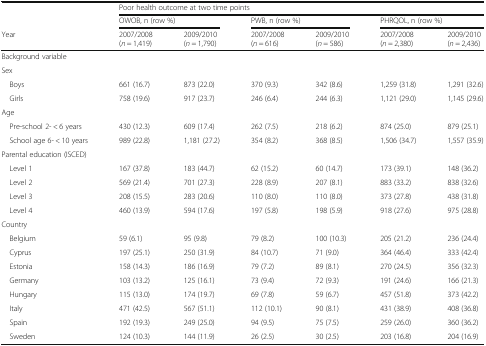
<table><thead><tr><td></td><td colspan="6"><b>Poor health outcome at two time points</b></td></tr><tr><td></td><td colspan="2"><b>OWOB, n (row %)</b></td><td colspan="2"><b>PWB, n (row %)</b></td><td colspan="2"><b>PHRQOL, n (row %)</b></td></tr><tr><td><b>Year</b></td><td><b>2007/2008 (<i>n</i> = 1,419)</b></td><td><b>2009/2010 (<i>n</i> = 1,790)</b></td><td><b>2007/2008 (<i>n</i> = 616)</b></td><td><b>2009/2010 (<i>n</i> = 586)</b></td><td><b>2007/2008 (<i>n</i> = 2,380)</b></td><td><b>2009/2010 (<i>n</i> = 2,436)</b></td></tr></thead><tbody><tr><td colspan="7">Background variable</td></tr><tr><td colspan="7">Sex</td></tr><tr><td> Boys</td><td>661 (16.7)</td><td>873 (22.0)</td><td>370 (9.3)</td><td>342 (8.6)</td><td>1,259 (31.8)</td><td>1,291 (32.6)</td></tr><tr><td> Girls</td><td>758 (19.6)</td><td>917 (23.7)</td><td>246 (6.4)</td><td>244 (6.3)</td><td>1,121 (29.0)</td><td>1,145 (29.6)</td></tr><tr><td colspan="7">Age</td></tr><tr><td> Pre-school 2- &lt; 6 years</td><td>430 (12.3)</td><td>609 (17.4)</td><td>262 (7.5)</td><td>218 (6.2)</td><td>874 (25.0)</td><td>879 (25.1)</td></tr><tr><td> School age 6- &lt; 10 years</td><td>989 (22.8)</td><td>1,181 (27.2)</td><td>354 (8.2)</td><td>368 (8.5)</td><td>1,506 (34.7)</td><td>1,557 (35.9)</td></tr><tr><td colspan="7">Parental education (ISCED)</td></tr><tr><td> Level 1</td><td>167 (37.8)</td><td>183 (44.7)</td><td>62 (15.2)</td><td>60 (14.7)</td><td>173 (39.1)</td><td>148 (36.2)</td></tr><tr><td> Level 2</td><td>569 (21.4)</td><td>701 (27.3)</td><td>228 (8.9)</td><td>207 (8.1)</td><td>883 (33.2)</td><td>838 (32.6)</td></tr><tr><td> Level 3</td><td>208 (15.5)</td><td>283 (20.6)</td><td>110 (8.0)</td><td>110 (8.0)</td><td>373 (27.8)</td><td>438 (31.8)</td></tr><tr><td> Level 4</td><td>460 (13.9)</td><td>594 (17.6)</td><td>197 (5.8)</td><td>198 (5.9)</td><td>918 (27.6)</td><td>975 (28.8)</td></tr><tr><td colspan="7">Country</td></tr><tr><td> Belgium</td><td>59 (6.1)</td><td>95 (9.8)</td><td>79 (8.2)</td><td>100 (10.3)</td><td>205 (21.2)</td><td>236 (24.4)</td></tr><tr><td> Cyprus</td><td>197 (25.1)</td><td>250 (31.9)</td><td>84 (10.7)</td><td>71 (9.0)</td><td>364 (46.4)</td><td>333 (42.4)</td></tr><tr><td> Estonia</td><td>158 (14.3)</td><td>186 (16.9)</td><td>79 (7.2)</td><td>89 (8.1)</td><td>270 (24.5)</td><td>356 (32.3)</td></tr><tr><td> Germany</td><td>103 (13.2)</td><td>125 (16.1)</td><td>73 (9.4)</td><td>72 (9.3)</td><td>191 (24.6)</td><td>166 (21.3)</td></tr><tr><td> Hungary</td><td>115 (13.0)</td><td>174 (19.7)</td><td>69 (7.8)</td><td>59 (6.7)</td><td>457 (51.8)</td><td>373 (42.2)</td></tr><tr><td> Italy</td><td>471 (42.5)</td><td>567 (51.1)</td><td>112 (10.1)</td><td>90 (8.1)</td><td>431 (38.9)</td><td>408 (36.8)</td></tr><tr><td> Spain</td><td>192 (19.3)</td><td>249 (25.0)</td><td>94 (9.5)</td><td>75 (7.5)</td><td>259 (26.0)</td><td>360 (36.2)</td></tr><tr><td> Sweden</td><td>124 (10.3)</td><td>144 (11.9)</td><td>26 (2.5)</td><td>30 (2.5)</td><td>203 (16.8)</td><td>204 (16.9)</td></tr></tbody></table>